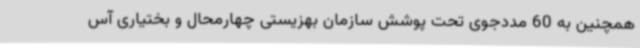
همچنین به 60 مددجوی تحت پوشش سازمان بهزیستی چهارمحال و بختیاری آس